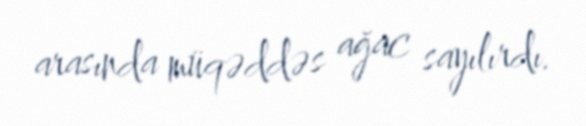
arasında müqəddəs ağac sayılırdı.